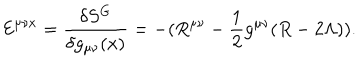
{ \cal E } ^ { \mu \nu x } = \frac { \delta S ^ { G } } { \delta g _ { \mu \nu } ( x ) } = - ( R ^ { \mu \nu } - \frac { 1 } { 2 } g ^ { \mu \nu } ( R - 2 \Lambda ) ) .